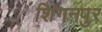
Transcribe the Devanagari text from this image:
शिंगनपुर